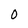
Character: O